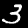
Label: 3